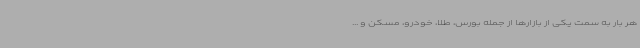
هر بار به سمت یکی از بازارها از جمله بورس، طلا، خودرو، مسکن و ...